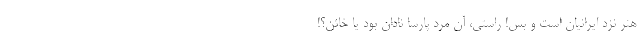
هنر نزد ایرانیان است و بس! راستی، آن مرد پارسا نادان بود یا خائن؟!